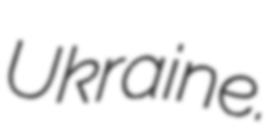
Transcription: Ukraine.